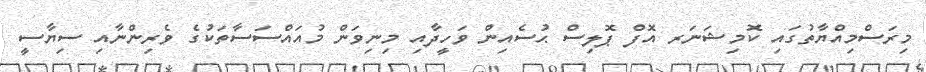
މިރަސްމިއްޔާތުގައި ކޮމިޝަނަރ އޮފް ޕޮލިސް ޙުސެއިން ވަހީދާއި މިނިވަން މުއައްސަސާތަކުގެ ވެރިންނާއި ސިޔާސީ